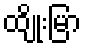
ထျိုးမြာ